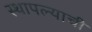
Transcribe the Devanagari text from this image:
स्थापल्याची